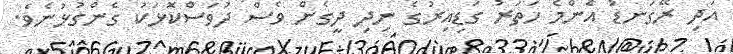
އަދި ރޭގަނޑު އެންމެ ހަތަރު ގަޑިއިރުގެ ނިދި ދީގެން ވެސް ދުވަސްކޮޅަކު ގެންގުޅުނެވެ.